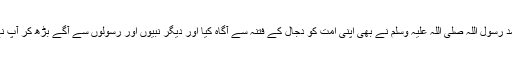
اس سلسلے میں اکمل الکاملین، رحمت دو عالم، سید کونین اور تاجدار مدینہ جناب محمد رسول اللہ صلی اللہ علیہ وسلم نے بھی اپنی امت کو دجال کے فتنہ سے آگاہ کیا اور دیگر نبیوں اور رسولوں سے آگے بڑھ کر آپ نے دجال کی صفات بھی بتائی، جن کی بنیاد پر ایک مسلمان دجال کو پہچان سکتا ہے۔